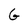
Character: G